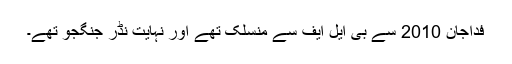
فداجان 2010 سے بی ایل ایف سے منسلک تھے اور نہایت نڈر جنگجو تھے۔